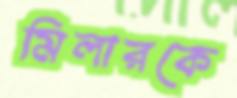
মিলারকে